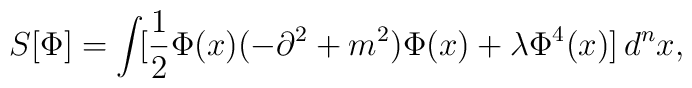
S[\Phi]=\int\![\frac{1}{2}\Phi(x)(-\partial^2+m^2)\Phi(x)+\lambda\Phi^{4}(x)]\,d^{n}x,